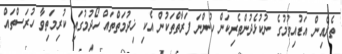
ތެރެއިން އަޑުއިވުމުގެ ނުކުޅެދުންތެރިކަން ހުންނަ ފަރާތްތަކުން އެކި ޚިދުމަތްތައް ހޯދުމުގައި ކުރިމަތިވާ ހުރަސްތައް